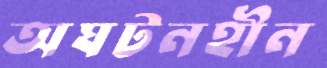
অঘটনহীন